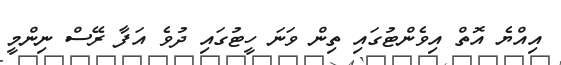
އިއްޔެ އޮތް އިވެންޓުގައި ތިން ވަނަ ހީޓުގައި ދުވެ އަފާ ރޭސް ނިންމީ